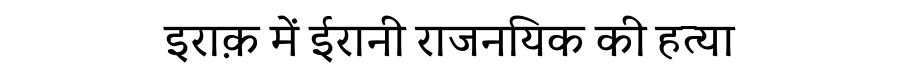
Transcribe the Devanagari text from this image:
इराक़ में ईरानी राजनयिक की हत्या